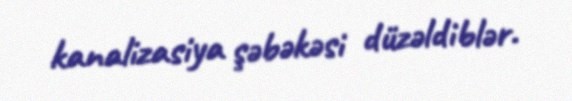
kanalizasiya şəbəkəsi düzəldiblər.